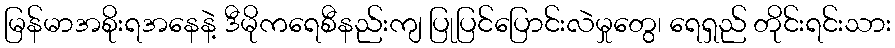
မြန်မာအစိုးရအနေနဲ့ ဒီမိုကရေစီနည်းကျ ပြုပြင်ပြောင်းလဲမှုတွေ၊ ရေရှည် တိုင်းရင်းသား